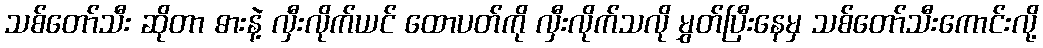
သစ်တော်သီး ဆိုတာ ဓားနဲ့ လှီးလိုက်ယင် ထောပတ်ကို လှီးလိုက်သလို မွှတ်ပြီးနေမှ သစ်တော်သီးကောင်းလို့